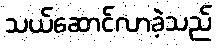
သယ်ဆောင်လာခဲ့သည်